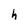
Character: h